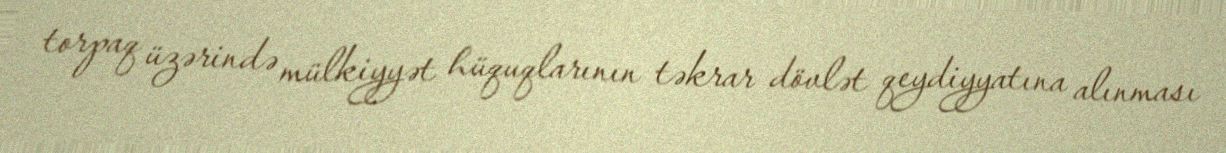
torpaq üzərində mülkiyyət hüquqlarının təkrar dövlət qeydiyyatına alınması